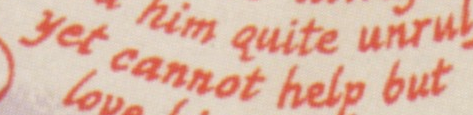
yet cannot help but